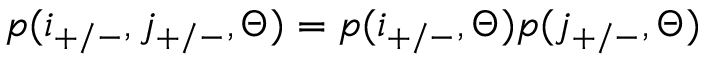
p ( i _ { + / - } , j _ { + / - } , \Theta ) = p ( i _ { + / - } , \Theta ) p ( j _ { + / - } , \Theta )